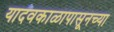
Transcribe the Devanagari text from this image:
यादवकाळापासूनच्या